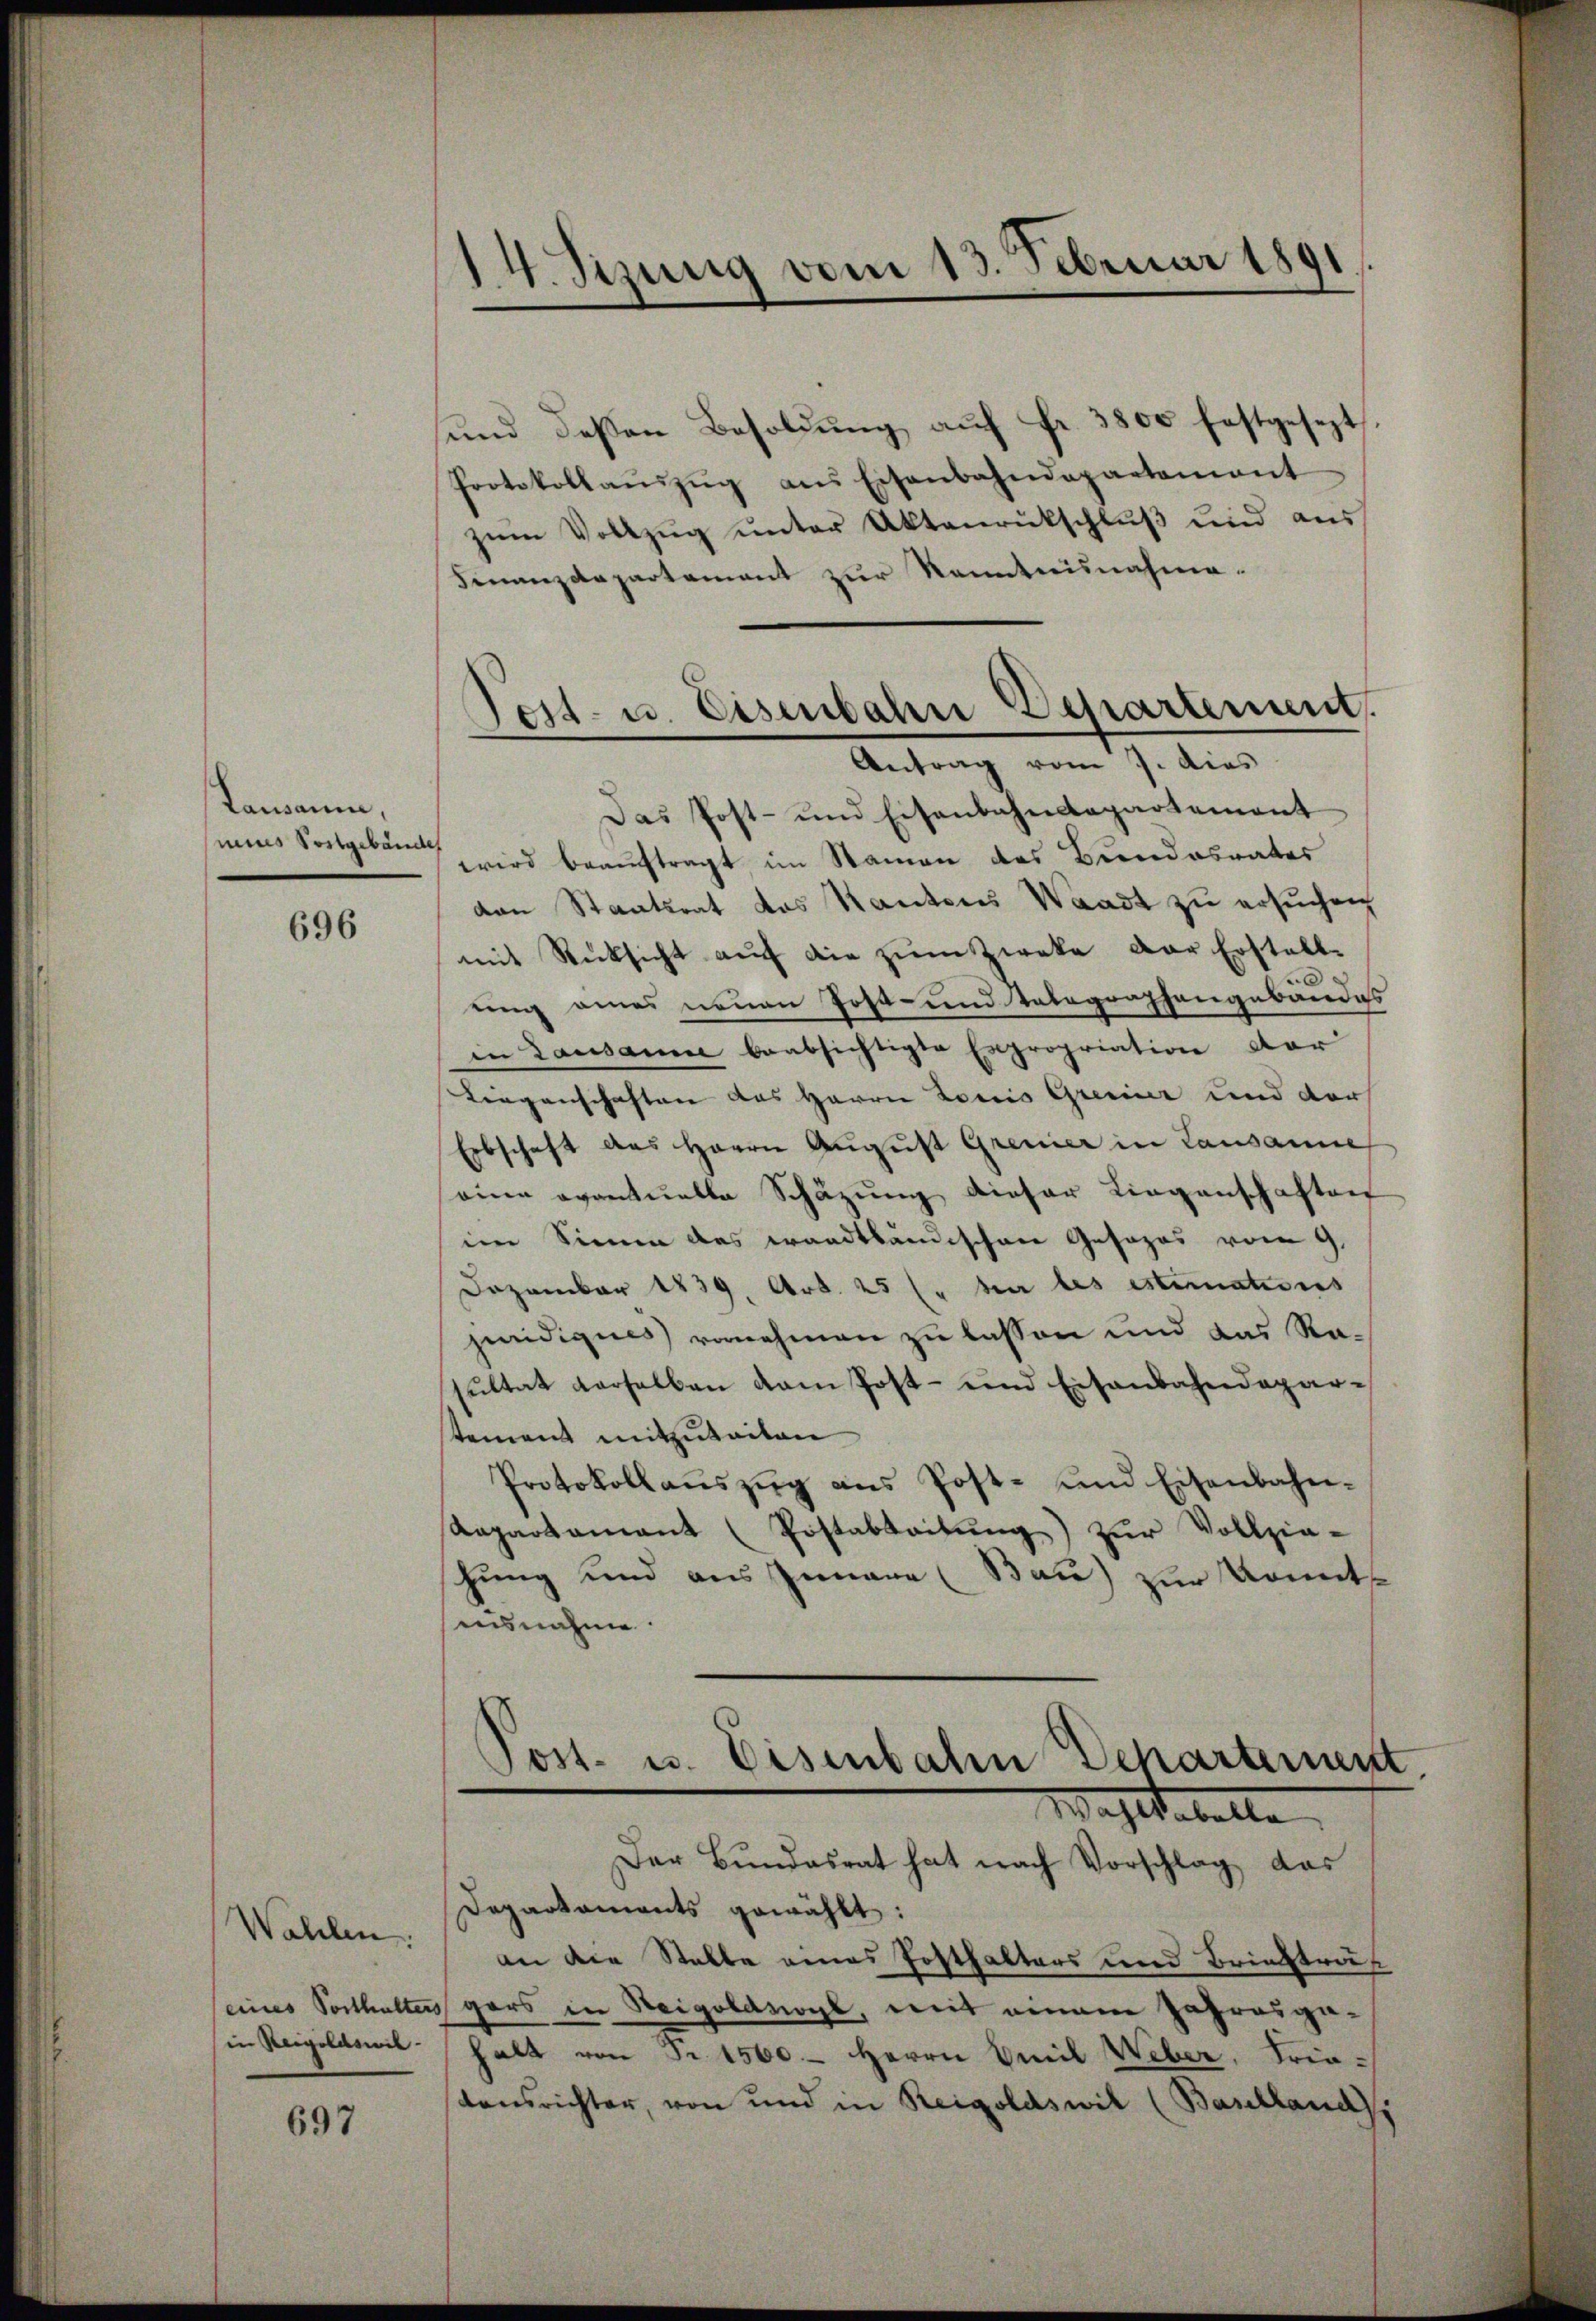
Lausanne,
mines Postgebäude

696

Wahlen.
(eines Vorthalter
in Regeldsmit-

697

ŭnd deßen Besoldŭng aŭf fr. 3800 festgesezt.
Protokollaŭszŭg ans Eisenbahndepartement
zŭm Vollzŭg ŭnter Aktenrückschlŭβ ŭnd aŭs
Finanzdepartament zur Kenntnisnahme.
Das Post- und Eisenbahndepartement
wird beauftragt im Namen des Bundesrates
van Staatsrat das Kantons Waadt zu ersuchen
mit Rücksicht auf die zum Zweke der Erstelle
ung eines neuen Post- und Telegraphengebäudes
in Lausamme beabsichtigte Expropriation dar
Liegenschaften das Herrn Loris Gremier und der
Erbschaft des Herrn August Gremier in Lausanne
eien eventuelle Schäzŭng dieser Liegenschaften
im Sinne des wandtländischen Gesezes vom 9
Dezember 1839. Art. 25 l. Mai les estimations
juridiques vornehmen zu lassen und das Rasultat verselben dem Post- und Eisenbahndepar-
tement mitzuteilen
Protokollaŭszŭg ans Post- und Eisenbahn-
Repartamant (Postabtaitŭng zŭr Vollzia-
hung und aus Innere (Bau) zur konnte
ausnahme.

14. Sizung vom 13. Februar 1891

Sest- u. Eisenbahn Behartement
Antrag vom 7. dies

Post- u. Eisenbalen Departement
Mahletalle
Der Bŭndesrat hat nach Vorschlag das

Departaments gewählt:
an die Stelle eines Posthalters und Briestraf
igars in Steigoldvogt, mit einem Jahresgehalt von Fr. 1500. - Herrn Emil Weber, Frietonsrichter, von und in Reigoldswil (Baselland),